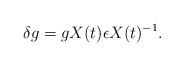
LaTeX: \begin{align*}\delta g = g X(t) \epsilon X(t)^{-1} . \end{align*}